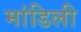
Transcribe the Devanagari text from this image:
मांडिली